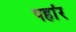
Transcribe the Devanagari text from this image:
पहांर